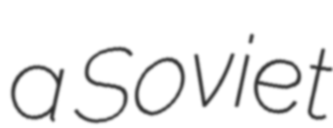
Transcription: a Soviet